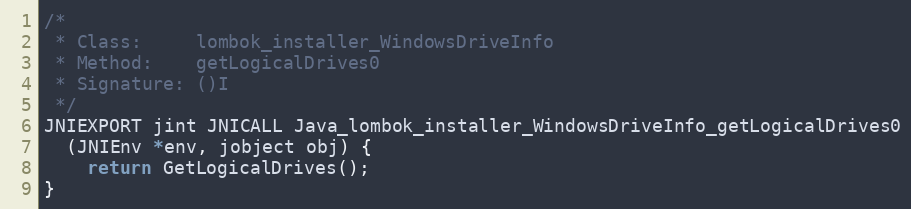
Language: C
/*
 * Class:     lombok_installer_WindowsDriveInfo
 * Method:    getLogicalDrives0
 * Signature: ()I
 */
JNIEXPORT jint JNICALL Java_lombok_installer_WindowsDriveInfo_getLogicalDrives0
  (JNIEnv *env, jobject obj) {
	return GetLogicalDrives();
}